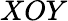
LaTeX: XOY